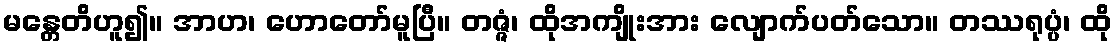
မန္တေတိဟူ၍။ အာဟ၊ ဟောတော်မူပြီ။ တဇ္ဇံ၊ ထိုအကျိုးအား လျောက်ပတ်သော။ တဿရုပ္ပံ၊ ထို